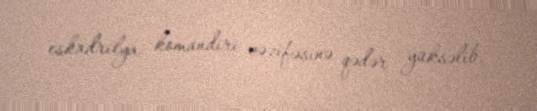
eskadrilya komandiri vəzifəsinə qədər yüksəlib.